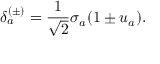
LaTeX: \delta _ { a } ^ { ( \pm ) } = \frac { 1 } { \sqrt { 2 } } \sigma _ { a } ( 1 \pm u _ { a } ) .